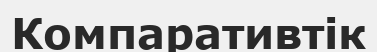
Компаративтік